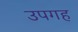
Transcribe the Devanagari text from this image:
उपगह